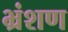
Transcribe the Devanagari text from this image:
भ्रंशण